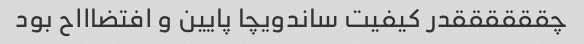
چققققققدر کیفیت ساندویچا پایین و افتضاااح بود